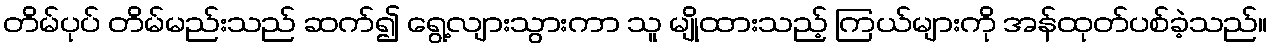
တိမ်ပုပ် တိမ်မည်းသည် ဆက်၍ ရွေ့လျားသွားကာ သူ မျိုထားသည့် ကြယ်များကို အန်ထုတ်ပစ်ခဲ့သည်။